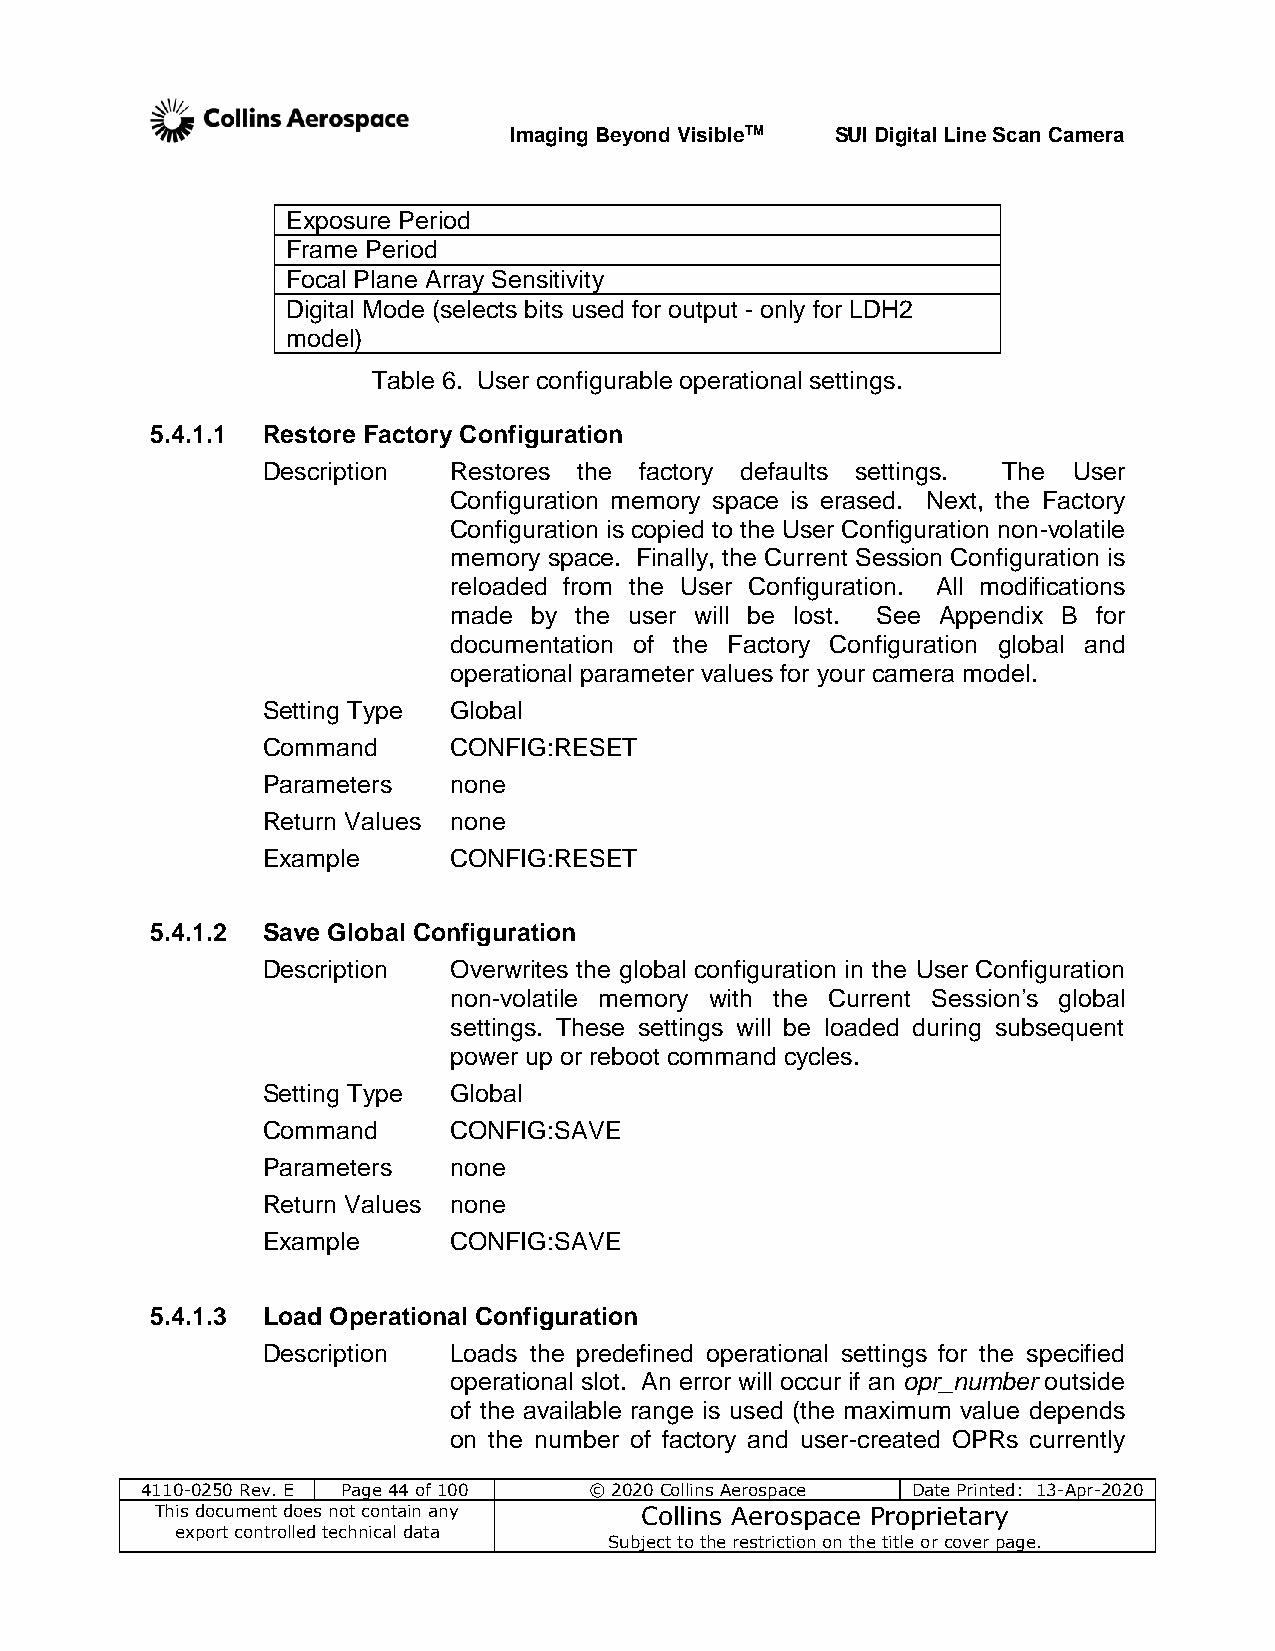
Imaging Beyond VisibleTM SUI Digital Line Scan Camera
 Exposure Period
 Frame Period
 Focal Plane Array Sensitivity
 Digital Mode (selects bits used for output - only for LDH2
 model)
 Table 6. User configurable operational settings.
 5.4.1.1 Restore Factory Configuration
 Description  Restores the factory defaults settings. The User
 Configuration memory space is erased. Next, the Factory
 Configuration is copied to the User Configuration non-volatile
 memory space. Finally, the Current Session Configuration is
 reloaded from the User Configuration. All modifications
 made by the user will be lost. See Appendix B for
 documentation of the Factory Configuration global and
 operational parameter values for your camera model.
 Setting Type Global
 Command      CONFIG:RESET
 Parameters   none
 Return Values none
 Example      CONFIG:RESET
 5.4.1.2 Save Global Configuration
 Description  Overwrites the global configuration in the User Configuration
 non-volatile memory with the Current Session’s global
 settings. These settings will be loaded during subsequent
 power up or reboot command cycles.
 Setting Type Global
 Command      CONFIG:SAVE
 Parameters   none
 Return Values none
 Example      CONFIG:SAVE
 5.4.1.3 Load Operational Configuration
 Description  Loads the predefined operational settings for the specified
 operational slot. An error will occur if an opr_number outside
 of the available range is used (the maximum value depends
 on the number of factory and user-created OPRs currently
 4110-0250 Rev. E Page 44 of 100 © 2020 Collins Aerospace Date Printed: 13-Apr-2020
 This document does not contain any Collins Aerospace Proprietary
 export controlled technical data
 Subject to the restriction on the title or cover page.